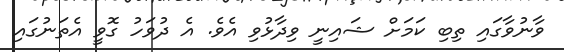
ވާނުވާގައި ތިބި ކަމަށް ޝައިނީ ވިދާޅުވި އެވެ. އެ ދުވަހު ގޮވީ އެތަނުގައި